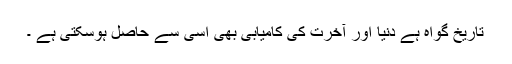
تاریخ گواہ ہے دنیا اور آخرت کی کامیابی بھی اسی سے حاصل ہوسکتی ہے ۔